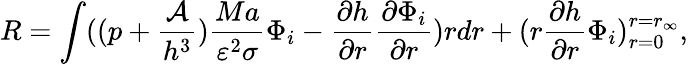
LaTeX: R=\int((p+\frac{\mathcal{A}}{h^{3}})\frac{Ma}{\varepsilon^{2}\sigma}\Phi_{i}-\frac{\partial h}{\partial r}\frac{\partial\Phi_{i}}{\partial r})rdr+(r\frac{\partial h}{\partial r}\Phi_{i})_{r=0}^{r=r_{\infty}},